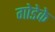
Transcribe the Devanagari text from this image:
गोडेके